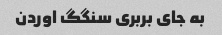
به‌ جای بربری سنگگ اوردن